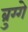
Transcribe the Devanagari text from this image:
ब्रुग्गे